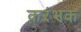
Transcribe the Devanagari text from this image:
करंभक